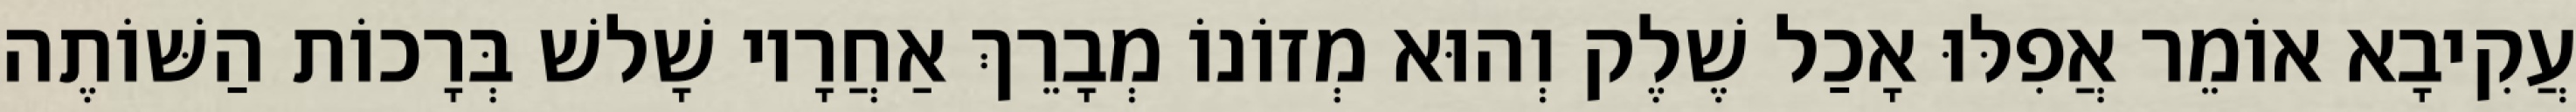
עֲקִיבָא אוֹמֵר אֲפִלּוּ אָכַל שֶׁלֶק וְהוּא מְזוֹנוֹ מְבָרֵךְ אַחֲרָיו שָׁלשׁ בְּרָכוֹת הַשּׁוֹתֶה